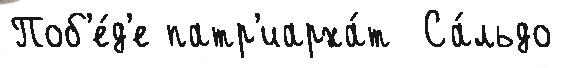
Поб'е́д'е патр'иарха́т  Са́льдо